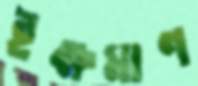
ইক্ষমাণ